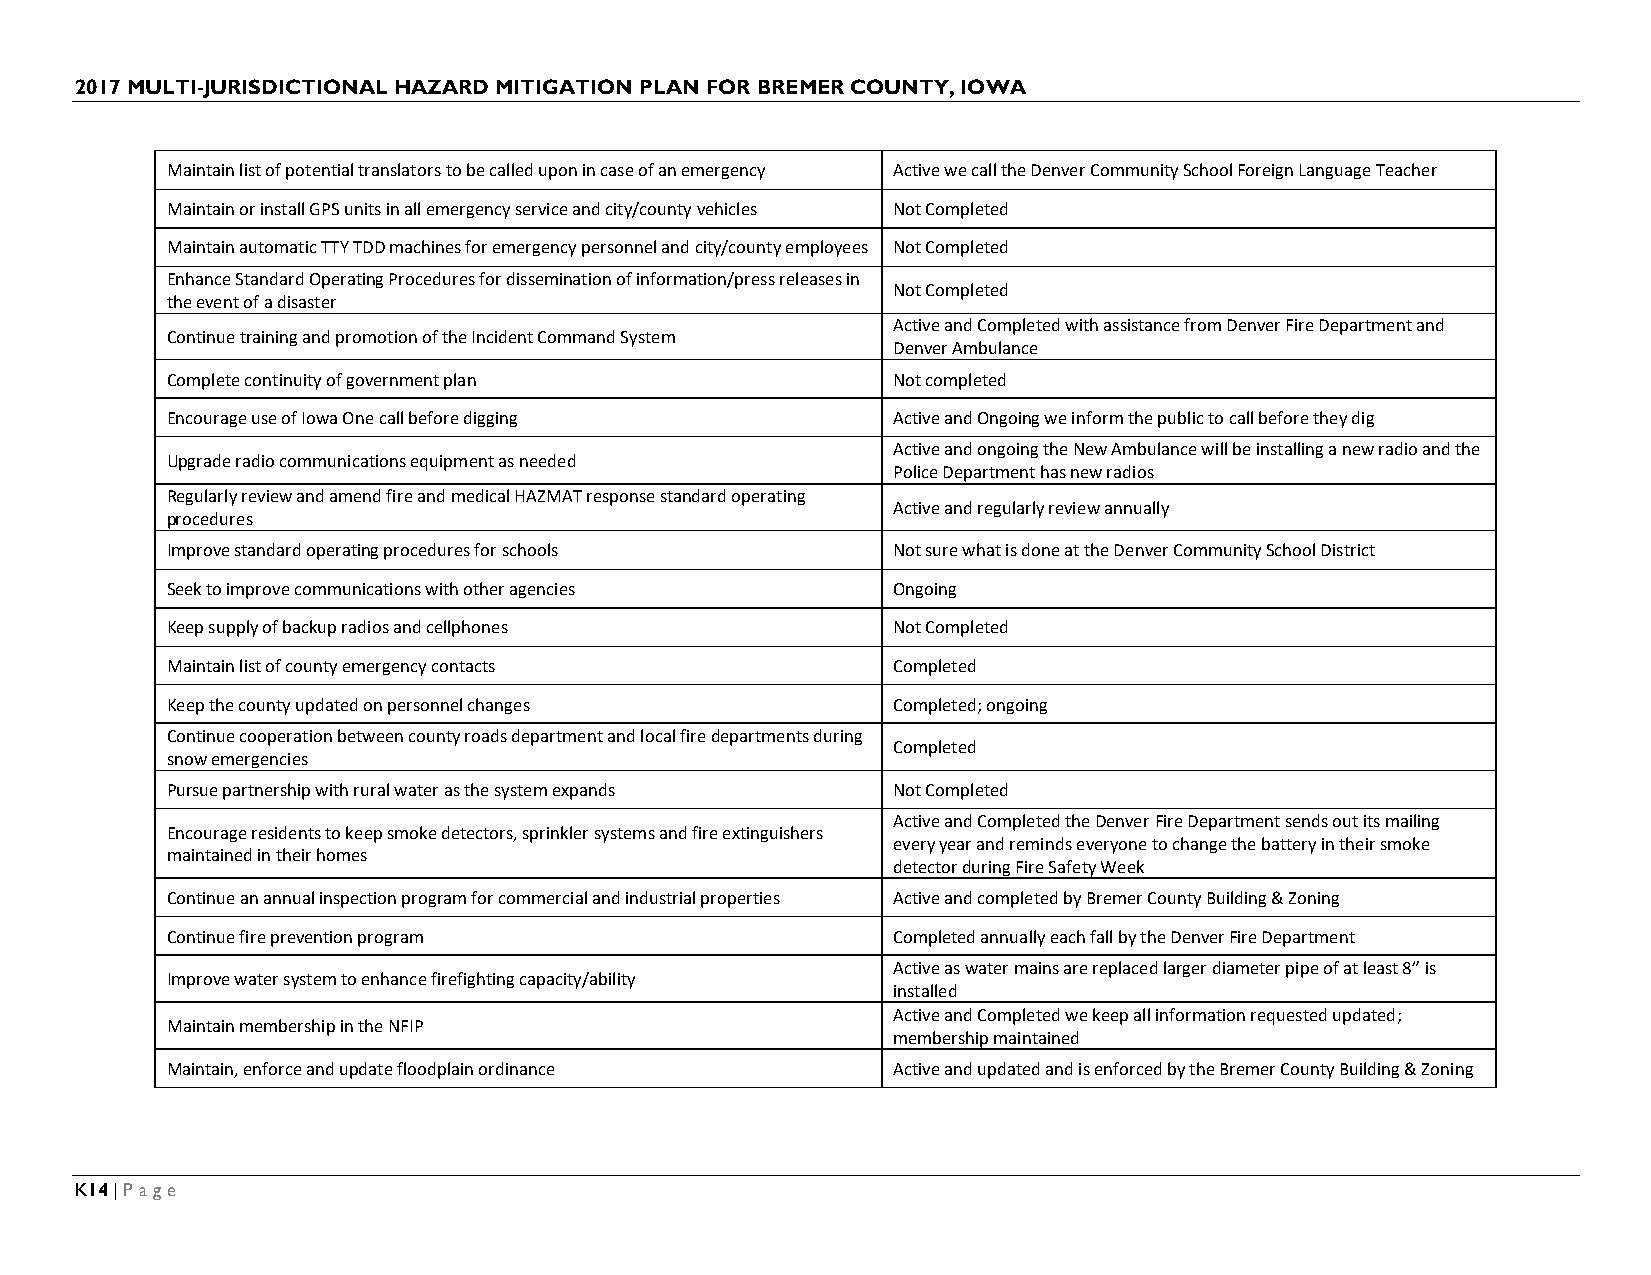
2017 MULTI-JURISDICTIONAL HAZARD MITIGATION PLAN FOR BREMER COUNTY, IOWA
 Maintain list of potential translators to be called upon in case of an emergency Active we call the Denver Community School Foreign Language Teacher
 Maintain or install GPS units in all emergency service and city/county vehicles Not Completed
 Maintain automatic TTY TDD machines for emergency personnel and city/county employees Not Completed
 Enhance Standard Operating Procedures for dissemination of information/press releases in
 Not Completed
 the event of a disaster
 Active and Completed with assistance from Denver Fire Department and
 Continue training and promotion of the Incident Command System
 Denver Ambulance
 Complete continuity of government plan          Not completed
 Encourage use of Iowa One call before digging   Active and Ongoing we inform the public to call before they dig
 Active and ongoing the New Ambulance will be installing a new radio and the
 Upgrade radio communications equipment as needed
 Police Department has new radios
 Regularly review and amend fire and medical HAZMAT response standard operating
 Active and regularly review annually
 procedures
 Improve standard operating procedures for schools Not sure what is done at the Denver Community School District
 Seek to improve communications with other agencies Ongoing
 Keep supply of backup radios and cellphones     Not Completed
 Maintain list of county emergency contacts      Completed
 Keep the county updated on personnel changes    Completed; ongoing
 Continue cooperation between county roads department and local fire departments during
 Completed
 snow emergencies
 Pursue partnership with rural water as the system expands Not Completed
 Active and Completed the Denver Fire Department sends out its mailing
 Encourage residents to keep smoke detectors, sprinkler systems and fire extinguishers
 every year and reminds everyone to change the battery in their smoke
 maintained in their homes
 detector during Fire Safety Week
 Continue an annual inspection program for commercial and industrial properties Active and completed by Bremer County Building & Zoning
 Continue fire prevention program                Completed annually each fall by the Denver Fire Department
 Active as water mains are replaced larger diameter pipe of at least 8” is
 Improve water system to enhance firefighting capacity/ability
 installed
 Active and Completed we keep all information requested updated;
 Maintain membership in the NFIP
 membership maintained
 Maintain, enforce and update floodplain ordinance Active and updated and is enforced by the Bremer County Building & Zoning
 K14 | Page